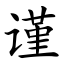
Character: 谨